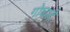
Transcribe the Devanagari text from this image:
गोघाटे